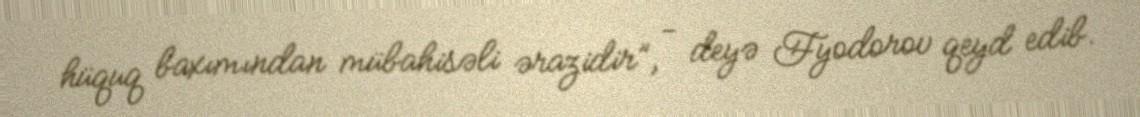
hüquq baxımından mübahisəli ərazidir”, - deyə Fyodorov qeyd edib.